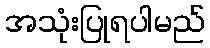
အသုံးပြုရပါမည်